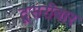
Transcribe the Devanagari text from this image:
दूसरीबार